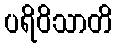
ပရိဝိသာတိ